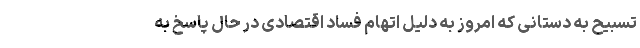
تسبیح به دستانی که امروز به دلیل اتهام فساد اقتصادی در حال پاسخ به